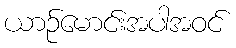
ယာဉ်မောင်းအပါအဝင်